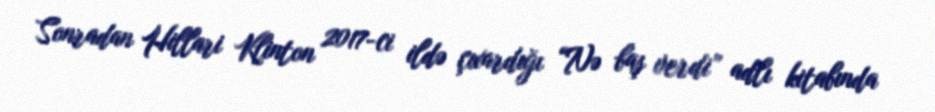
Sonradan Hillari Klinton 2017-ci ildə çıxardığı “Nə baş verdi” adlı kitabında